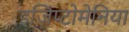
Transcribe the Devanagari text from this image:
इजिप्टोमेनिया